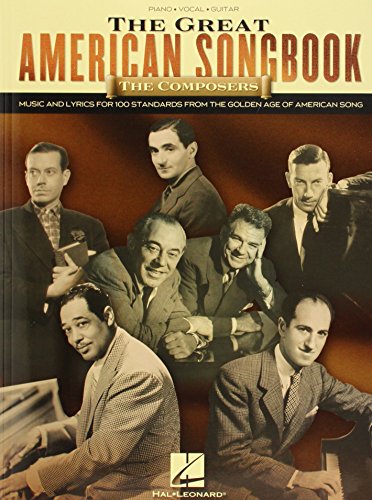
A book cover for The Great American Songbook - The Composers: Music and Lyrics for Over 100 Standards from the Golden Age of American Song; Humor & Entertainment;